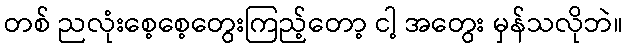
တစ် ညလုံးစေ့စေ့တွေးကြည့်တော့ ငါ့ အတွေး မှန်သလိုဘဲ။